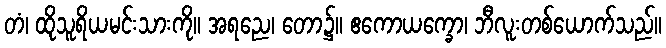
တံ၊ ထိုသူရိယမင်းသားကို။ အရညေ၊ တော၌။ ဧကောယက္ခော၊ ဘီလူးတစ်ယောက်သည်။